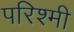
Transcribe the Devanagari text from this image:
परिश्मी